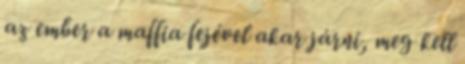
az ember a maffia fejével akar járni, meg kell